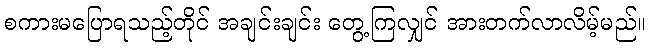
စကားမပြောရသည့်တိုင် အချင်းချင်း တွေ့ကြလျှင် အားတက်လာလိမ့်မည်။